Medical and sanitary report of the native army of Bengal for the year
Year: 1878
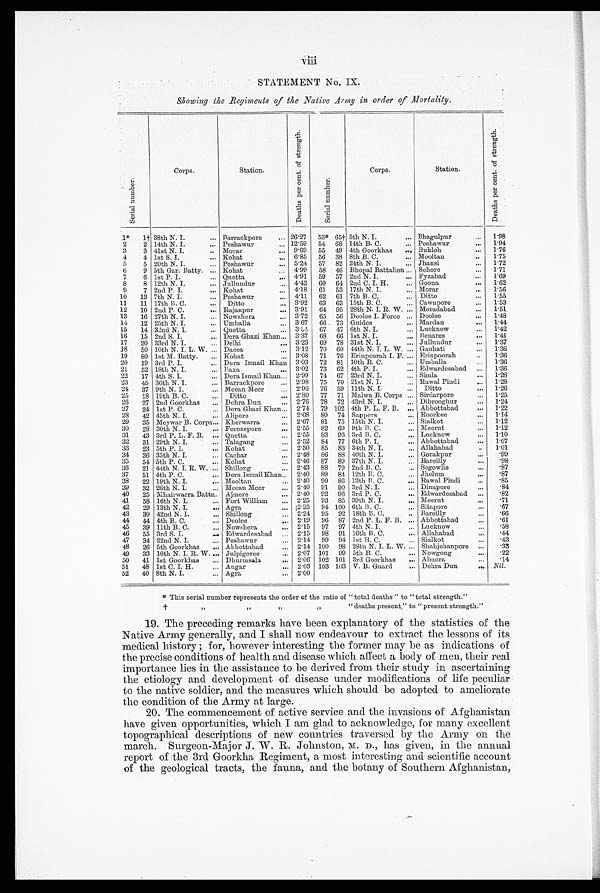
Viii
STATEMENT No. IX.
Showing ate _Regiments of the Native Army in order of Mortality.
S e r i a l n u m b e r .
Corps.
Station.
D e a t h s p e r c e n t . o f s t r e n g t h .
S e r i a l n u m b e r .
Corps.
Station.
D e a t h s p e r c e n t o f s t r e n g t h .
1* 1† 38th N. I.
... Barrackpore
... 26.27 53* 65† 5th N. I.
... Bhagulpur
... 1.98
2
2 14th N. I.
...
Peshawur
...
12.59 54 68 14th B. C.
... Peshawur
... 1.94
3
3 41st N. I
..
. Morar
...
9.69 55 49 4th Goorkhas . . . Bukloh
... 1.76
4
4 1st S. I.
... Kohat
..._ 6.85 56 38 8th B. C.
... Mooltan
... 1.75
5
5 20th N. I
....
Peshawur
...
5.24 57 82 24th N. I.
... Jhansi
... 1'72
6
9 5th Gar. Batty. ... Kohat
... 4.99 58 46 Bhopal Battalion ... Sehore
... 1.71
7
6 1st P. I.
... Quetta
... 4.91 59 57 2nd N. I.
... Fyzabad
... 1.69
8
8 12th N. I.
... Jullundur
... 4.42 60 64 2nd C. I. H.
... Goona
... 1.62
9
7 2nd P. I.
... Kohat
..._ 4.18 61 53 17th N. I.
... Morar
... 1.56
10 13 7th N. I.
... Peshawur
... 4.11 62 61 7th B. C. ...
Ditto
... 1.55
11 11 17th 13. C.
...
Ditto
...
3.92 63 63 15th B. C.
...
Cawnpore
... 1.53
12 10 2nd P. C.
...
Rajanpur
...
3.91 64 95 28th N. I. R. W.
...
Moradabad
...
1.51.
13 16 27th N. I
...
Nowshera
...
3.72 65 56 Deolee I. Force
...
Deolee
... 1.48
14 12 25th N. I.
...
Umballa
...
3.67 66 73 Guides
... Mardan
... 1. 44
15 14 32nd N. I.
...
Quetta
...
3.54 67 47 6th N. I.
... Lucknow
... 1.42
16 15 2nd S. I
...
Dera Ghazi Khan
...
3.37 68 66 1st N. I.
... Benares
... 1.41
17 20 33rd N. I
...
Delhi
...
3.23 69 78 31st N. I.
... Jullundur
... 1.37
18 50 10th N. I. L. W. . . . Dacca
...
3.12 70 60 44th N. I. L. W. ... Gauhati
... 1.36
19 80 1st M. Batty. ... Kohat
...
3.08 71 76 Erinpoorah I. F. ... Erinpoorah
...
1.36
20 19 3rd P. I.
...
Dora Ismail Khan
...
3.03 72 81 10th B. C.
... Umballa
...
1.36
21 52 18th N. I
...
Baxa
...
3.02 73 62 4th P. I.
... Edwardesabad ... 1.36
22 17 4th S. I
....
Dora Ismail Khan ... 2.99 74 67 23rd N. I.
... Simla
... 1.28
23 45 36th N. I.
... Barrackpore
... 2.98 75 70 21st N. I.
... Rawal Pinch
... 1.28
24 37 9th N. I.
... Meean Meer
... 2.90 76 59 11th N. I.
... Ditto
... 1.26
25 18 19th B. C.
...
Ditto
...
2.80 77 71 Malwa B. Corps
...
Sirdarpore
... 1.25
26 27 2nd Goorkhas . . . Dehra Dun
... 2.76 78 72 43rd N. I.
... Dibrooghur
... 1.24
27 24 1st P. C.
... Dora Ghazi Khan ... 2.74 79 102 4th P. L. F. B. ... Abbottabad
... 1.22
28 42 45th N. I.
... Alipore
...
2.68 80 74 Sappers
... Roorkee
... 1.11
29 35 Meywar B. Corps ... Kherwarra
...
2.67 81 75 15th N. I.
... Sialkot
... 1.12
30 28 30th N. I.
...
Ferozepore
...
2.55 82 69 9th B. C.
...
Meerut
... 1.12
31 43 3rd P. L. F. B. . . . Quetta,
...
2.55 83 93 3rd B. C.
...
Lucknow
... 1.10
32 31 29th N. I. . . .
Talagang
...
2.52 84 77 6th P. I,
...
Abbottabad
... 1.07
33 23 5th P. I.
...
Kohat
...
2.50 85 83 34th N. I.
...
Allahabad
... 1.01
34 36 35th N. I. . .
Cachar
...
2.48 86 88 40th N. I.
...
Gorakpur
... .99
35 54 5th P. C.
...
Kohat
...
2.46 87 89 37th N. I.
...
Bareilly
... .98
36 21 44th N. I. R. W. ... Shillong
...
2.43 88 79 2nd 13. C.
... Segowlie
... .87
37 51 4th P. C.
... Dera Ismail Khan,.
...
2.40 89 84 12th B. C.
... Jhelum
... .87
38 22 19th N. I.
. . . Mooltan
...
2.40 90 86 13th 11. C.
... Rawal Pindi
... .85
39 32 26th N. I.
...
.
Meean Meer
... 2.40 91 90 3rd N. I.
... Dinapore
...
84
40 25 Mhairwarra Battn. ... Ajmere
...
2.40 92 96 3rd P. C.
... Edwardesabad ...
82
41 58 16th N. I.
...
Fort William
...
2.25 93 85 39th N. I.
... Meerut
... .71
42 29 13th N. I.
...
Agra
...
2.25 94 100 6th B. C.
Sitapore
... .67
43 30 42nd N. I.
...
Shillong
...
2.24 95 92 18th B.C.
... Bareilly
... .66
44 44 4th B. C.
... Deolee
... 2.19 96 87 2nd P. L. F. B. ... Abbottabad
... .61
45 39 11th B. C.
... Nowshera
... 2.15 97 97 4th N. I.
... Lucknow
... .58
46 55 3rd S. I.
.... Edwardesabad
...
2.15 98 91 16th B. C.
... Allahabad
... .44
47 34 22nd N. I.
...
Peshawar
... 2.14 99 94 1st B. C.
... Sialkot
... .43
48 26 5th Goorkhas ... Abbottabad
... 2.14 100 98 28th N. I. L. W. ... Shahjehanpore ...
.33
49 33 10th N. I. R. W ... Julpigoree
...
2.07 101 99 5th B. C.
...
Nowgong
...
.22
50 41 1st Goorkhas . . .
Dhurmsal
a ...
2.06 102 101 3rd Goorkhas
...
Almora
...
.14
51 48 1st C. I. H.
...
Augar
...
2.03 103 103 V. B. Guard
... Dehra Dun
... Nil.
52 40 8th N. I.
... Agra
... 2.00
* This serial number represents the order of the ratio of " total deaths " to " total strength."
† ,, ,, ,, ,, " deaths present," to " present strength."
19. The preceding remarks have been explanatory of the statistics of the
Native Army generally, and I shall now endeavour to extract the lessons of its
medical history for, however interesting the former may be as indications of ,
the precise conditions of health and disease which affect a body of men, their real
importance lies in the assistance to be derived from their study in ascertaining
the etiology and development of disease under modifications of life peculiar
to the native soldier, and the measures which should be adopted to ameliorate
the condition of the Army at large.
20. The commencement of active service and the invasions of Afghanistan
have given opportunities, which I am glad to acknowledge, for many excellent
topographical descriptions of new countries traversed by the Army on the
march. Surgeon-Major J. W. R. Johnston, M. D., has given, in the annual
report of the 3rd Goorkha Regiment, a most interesting and scientific account
of the geological tracts, the fauna, and the botany of Southern Afghanistan,